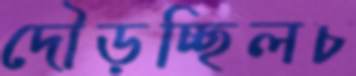
দৌড়চ্ছিলচ